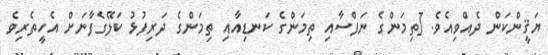
ޔަޤީންކަން ދެއްވިއެވެ. [ތިމަންގެ ނަފްސާއި ތިމަންގެ ކަނޑިއާއި ތިމަންގެ ދަރިފުޅު ކަލޭގެފާނަށް އެހީތެރިވެ